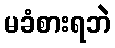
မခံစားရဘဲ